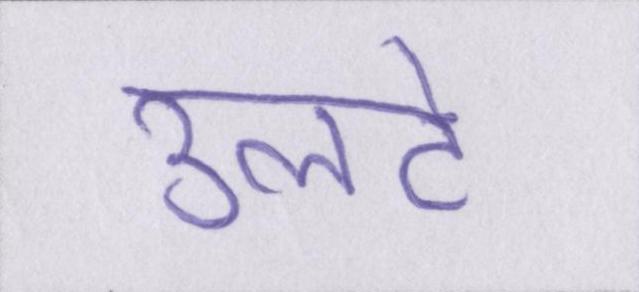
उलटे